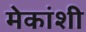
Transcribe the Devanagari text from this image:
मेकांशी